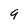
Character: 9